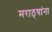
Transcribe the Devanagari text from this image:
मराठ्‍यांना